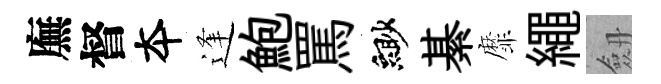
廡督夲逢鮑罵緲綦靡繩劔